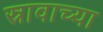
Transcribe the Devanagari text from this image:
स्रावाच्या